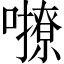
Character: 𡃔